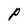
Character: P